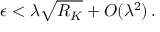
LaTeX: \epsilon < \lambda \sqrt { R _ { K } } + O ( \lambda ^ { 2 } ) \, .